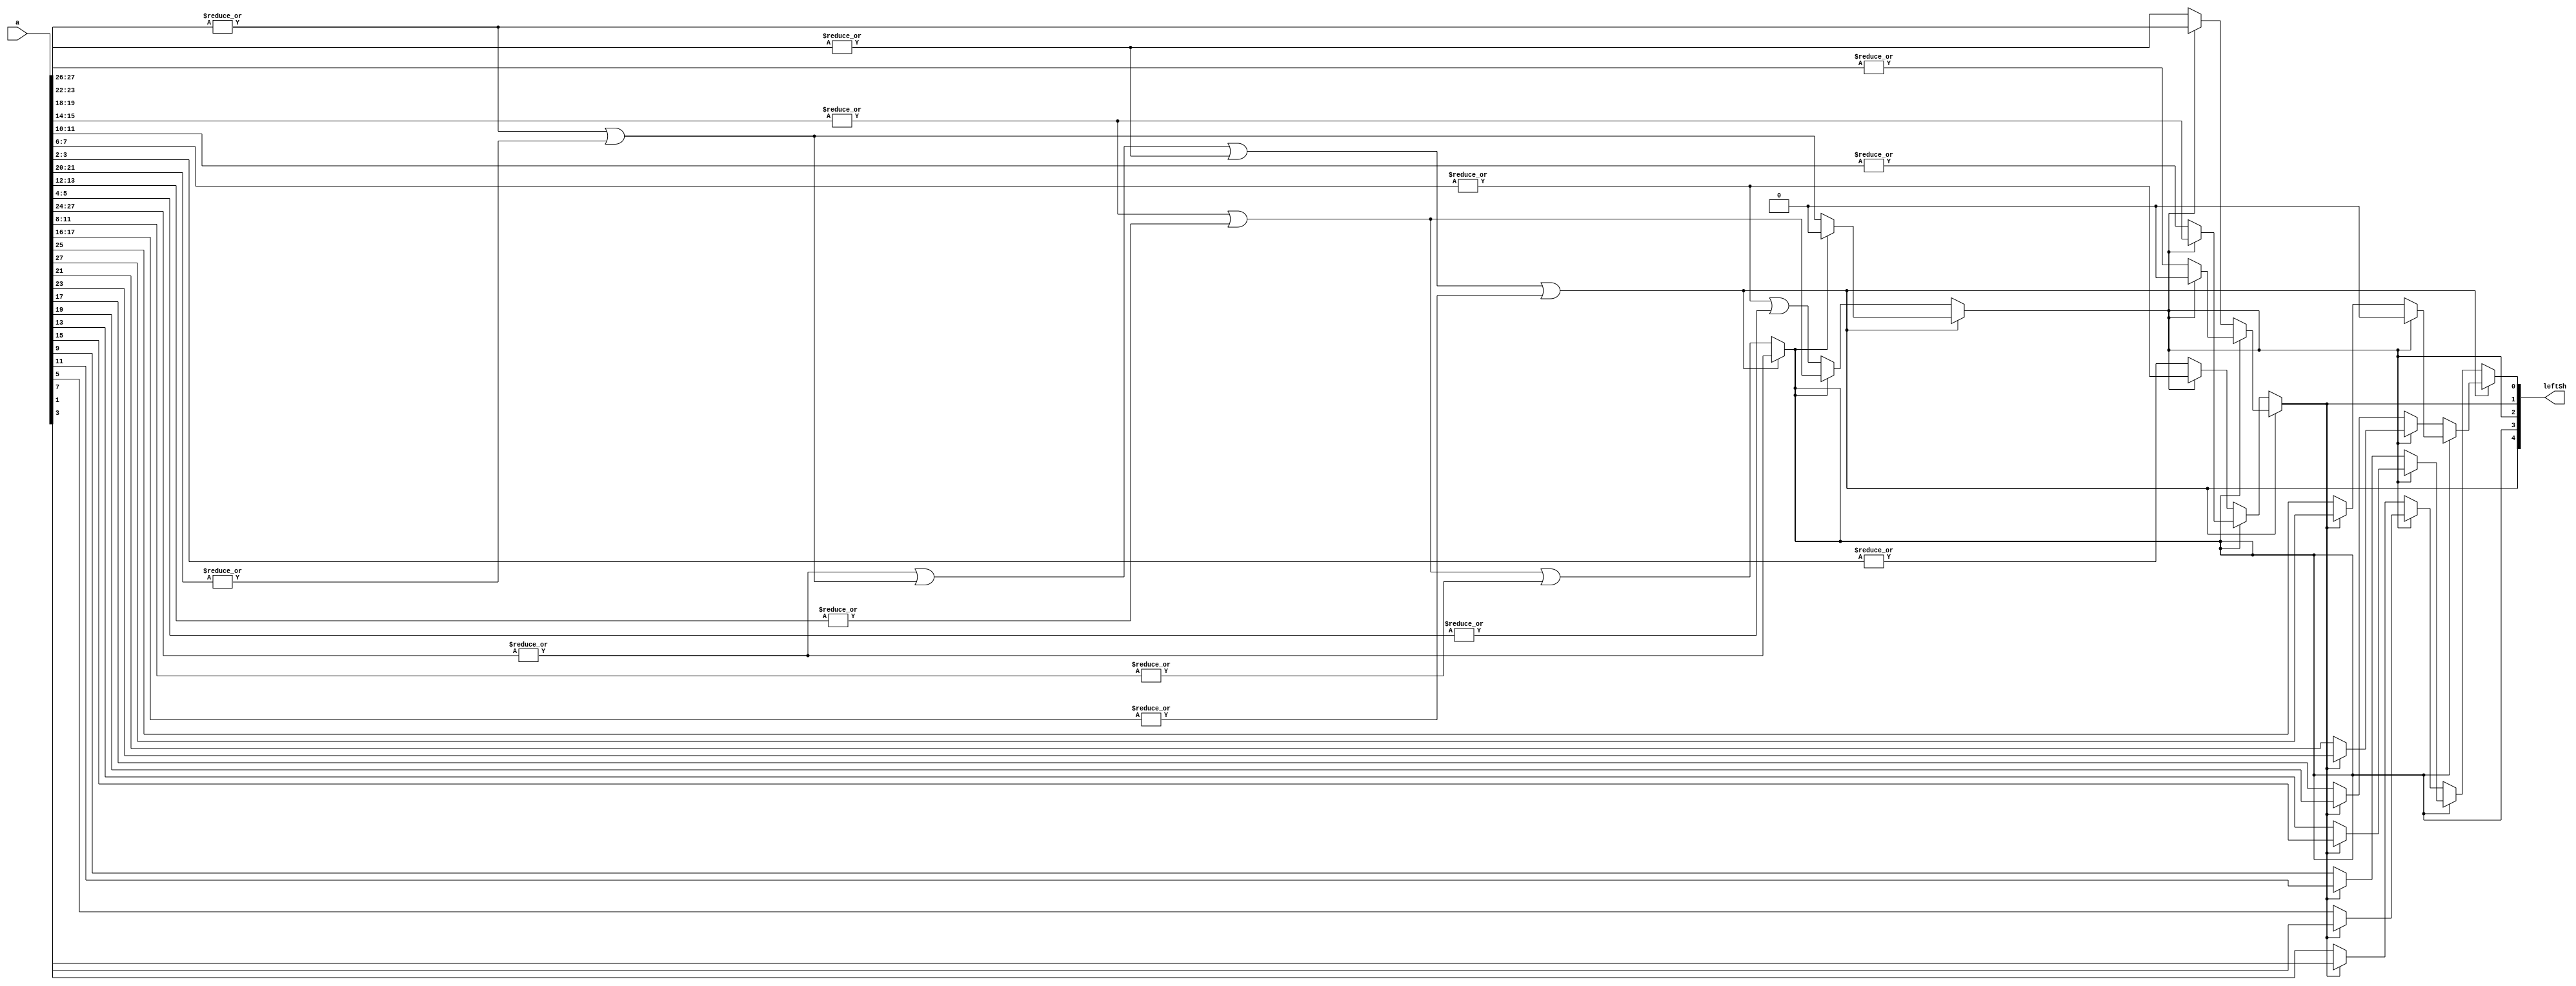
// Telecommunications Master Dissertation - Francis Fuentes 12-10-2020
// Outputs a unsigned number value equals to the first leftmost '1' position of the input value.

module HighestLeftBit28u(a, leftSh);

input	   [27:0] a;      // Input value.
output 	    [4:0] leftSh; // Bit position of the leftmost '1' in unsigned format. [31:0] format.

// Wiring used to lower the resources required at the synthesization.
wire a2726, a2322, a1918, a1514, a1110, a0706, a0302;

assign a2726 = |a[27:26];
assign a2322 = |a[23:22];
assign a1918 = |a[19:18];
assign a1514 = |a[15:14];
assign a1110 = |a[11:10];
assign a0706 = |a[7:6];
assign a0302 = |a[3:2];

wire a2320, a1512, a0704;

assign a2320 = a2322 | |a[21:20];
assign a1512 = a1514 | |a[13:12];
assign a0704 = a0706 | |a[5:4];

wire a2724, a1508;

assign a2724 = |a[27:24];
assign a1508 = a1512 | |a[11:8];


// If "a" 16MSB has a one, leftSh[4] <= 0;
assign leftSh[4] = a2724 | a2320 | a1918 | |a[17:16];

// If leftSh[4] == 0, search in the 8MSB, if not, search 8MSB at a[15:0]
assign leftSh[3] = (leftSh[4] ? a2724
                              : a1508);

// Following the same procedure, section the operand "a" to find the highest '1'
assign leftSh[2] = (leftSh[4] 
                     ? (leftSh[3] 
                           ? 1'b0
                           : a2320) 
                     : (leftSh[3] 
                           ? a1512 
                           : a0704)
		  );

assign leftSh[1] = (leftSh[4] 
                     ? (leftSh[3] 
                           ? (leftSh[2] 
                                 ? 1'b0
                                 : a2726) 
                           : (leftSh[2] 
                                 ? a2322
                                 : a1918)
                       )
                     : (leftSh[3] 
                           ? (leftSh[2] 
                                 ? a1514
                                 : a1110) 
                           : (leftSh[2] 
                                 ? a0706
                                 : a0302)
                       )
		  );

assign leftSh[0] = (leftSh[4] 
                     ? (leftSh[3] 
                           ? (leftSh[2] 
                                 ? 1'b0
                                 : (leftSh[1]
                                       ? a[27]
                                       : a[25])
                             ) 
                           : (leftSh[2] 
                                 ? (leftSh[1]
                                       ? a[23]
                                       : a[21])
                                 : (leftSh[1]
                                       ? a[19]
                                       : a[17])
                             )
                       )
                     : (leftSh[3] 
                           ? (leftSh[2] 
                                 ? (leftSh[1]
                                       ? a[15]
                                       : a[13])
                                 : (leftSh[1]
                                       ? a[11]
                                       : a[9])
                                  ) 
                           : (leftSh[2] 
                                 ? (leftSh[1]
                                       ? a[7]
                                       : a[5])
                                 : (leftSh[1]
                                       ? a[3]
                                       : a[1])
                                  )
                          )
		  );

endmodule